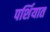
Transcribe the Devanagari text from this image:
पर्शियात